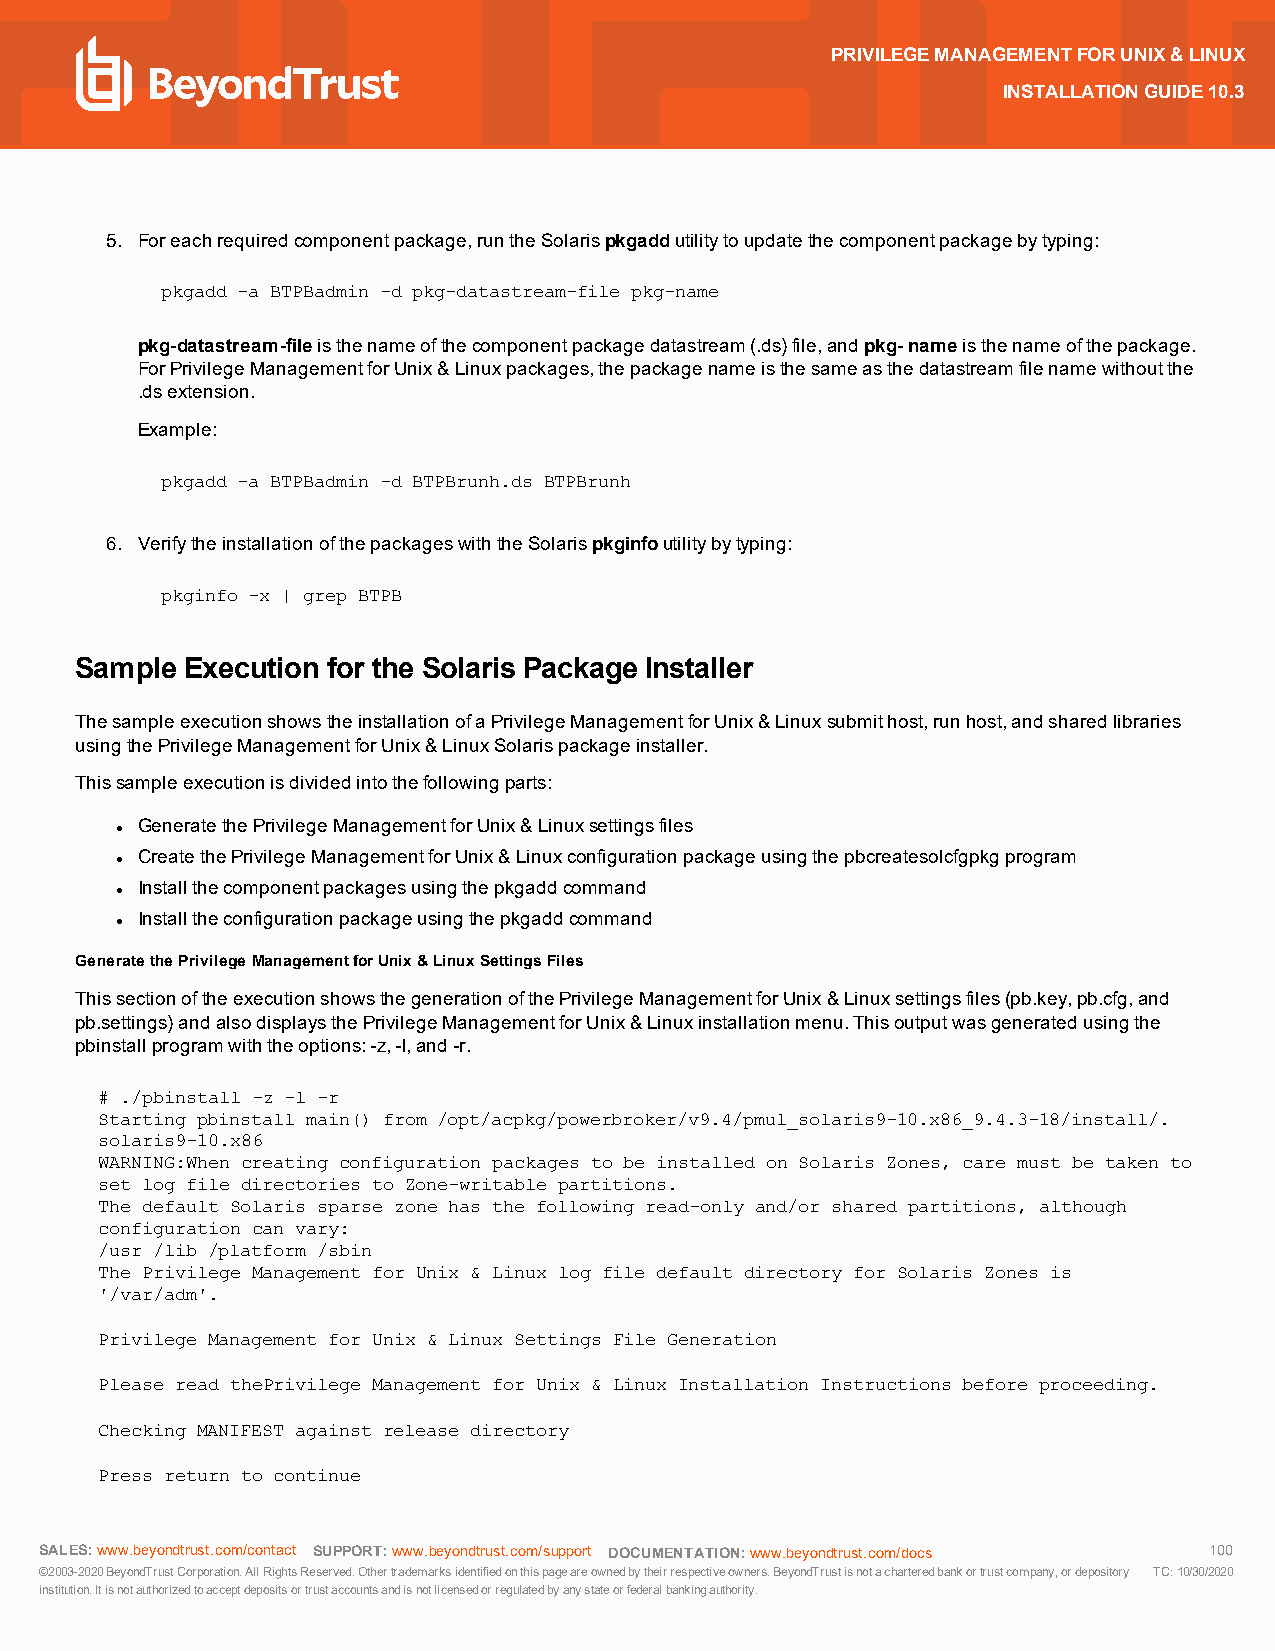
PRIVILEGEMANAGEMENTFORUNIX&LINUX
 INSTALLATIONGUIDE10.3
 5. Foreachrequiredcomponentpackage,runtheSolarispkgaddutilitytoupdatethecomponentpackagebytyping:
 pkgadd -a BTPBadmin -d pkg-datastream-file pkg-name
 pkg-datastream-fileisthenameofthecomponentpackagedatastream(.ds)file,andpkg-nameisthenameofthepackage.
 ForPrivilegeManagementforUnix&Linuxpackages,thepackagenameisthesameasthedatastreamfilenamewithoutthe
 .dsextension.
 Example:
 pkgadd -a BTPBadmin -d BTPBrunh.ds BTPBrunh
 6. VerifytheinstallationofthepackageswiththeSolarispkginfoutilitybytyping:
 pkginfo -x | grep BTPB
 Sample Execution for the Solaris Package Installer
 ThesampleexecutionshowstheinstallationofaPrivilegeManagementforUnix&Linuxsubmithost,runhost,andsharedlibraries
 usingthePrivilegeManagementforUnix&LinuxSolarispackageinstaller.
 Thissampleexecutionisdividedintothefollowingparts:
 GeneratethePrivilegeManagementforUnix&Linuxsettingsfiles
 l
 CreatethePrivilegeManagementforUnix&Linuxconfigurationpackageusingthepbcreatesolcfgpkgprogram
 l
 Installthecomponentpackagesusingthepkgaddcommand
 l
 Installtheconfigurationpackageusingthepkgaddcommand
 l
 GeneratethePrivilegeManagementforUnix&LinuxSettingsFiles
 ThissectionoftheexecutionshowsthegenerationofthePrivilegeManagementforUnix&Linuxsettingsfiles(pb.key,pb.cfg,and
 pb.settings)andalsodisplaysthePrivilegeManagementforUnix&Linuxinstallationmenu.Thisoutputwasgeneratedusingthe
 pbinstallprogramwiththeoptions:-z,-l,and-r.
 # ./pbinstall -z -l -r
 Starting pbinstall main() from /opt/acpkg/powerbroker/v9.4/pmul_solaris9-10.x86_9.4.3-18/install/.
 solaris9-10.x86
 WARNING:When creating configuration packages to be installed on Solaris Zones, care must be taken to
 set log file directories to Zone-writable partitions.
 The default Solaris sparse zone has the following read-only and/or shared partitions, although
 configuration can vary:
 /usr /lib /platform /sbin
 The Privilege Management for Unix & Linux log file default directory for Solaris Zones is
 '/var/adm'.
 Privilege Management for Unix & Linux Settings File Generation
 Please read thePrivilege Management for Unix & Linux Installation Instructions before proceeding.
 Checking MANIFEST against release directory
 Press return to continue
 SALES:www.beyondtrust.com/contact SUPPORT:www.beyondtrust.com/support DOCUMENTATION:www.beyondtrust.com/docs 100
 ©2003-2020BeyondTrustCorporation.AllRightsReserved.Othertrademarksidentifiedonthispageareownedbytheirrespectiveowners.BeyondTrustisnotacharteredbankortrustcompany,ordepository TC:10/30/2020
 institution.Itisnotauthorizedtoacceptdepositsortrustaccountsandisnotlicensedorregulatedbyanystateorfederalbankingauthority.